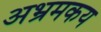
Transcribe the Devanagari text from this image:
अभ्रमकय